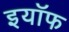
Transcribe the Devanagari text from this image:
इयॉफ